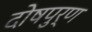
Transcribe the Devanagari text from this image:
दोषपुर्ण